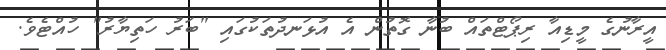
އީރާނުގެ މީޑިއާ ރިޕޯޓްތައް ބުނާ ގޮތުން އެ އުޅަނދުތަކުގައި "ބަރު ހަތިޔާރު" ހުއްޓެވެ.